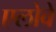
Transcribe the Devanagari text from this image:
एलोवे